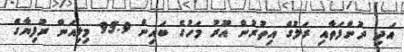
އަދި ދުންފަތާއި ރަލުގެ އިތުރުން އޫރު މަހުގެ ބައިން 95.9 މިލިއަން ރުފިޔާގެ